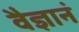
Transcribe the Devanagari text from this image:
वैज्ञानं